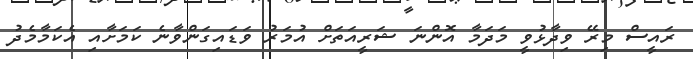
ރައީސް މިރޭ ވިދާޅުވީ މަދަމާ އޮންނަ ޝަރީއަތަށް އުމަރު ވަޑައިގަންވާނެ ކަމަށާއި އެކަމާމެދު